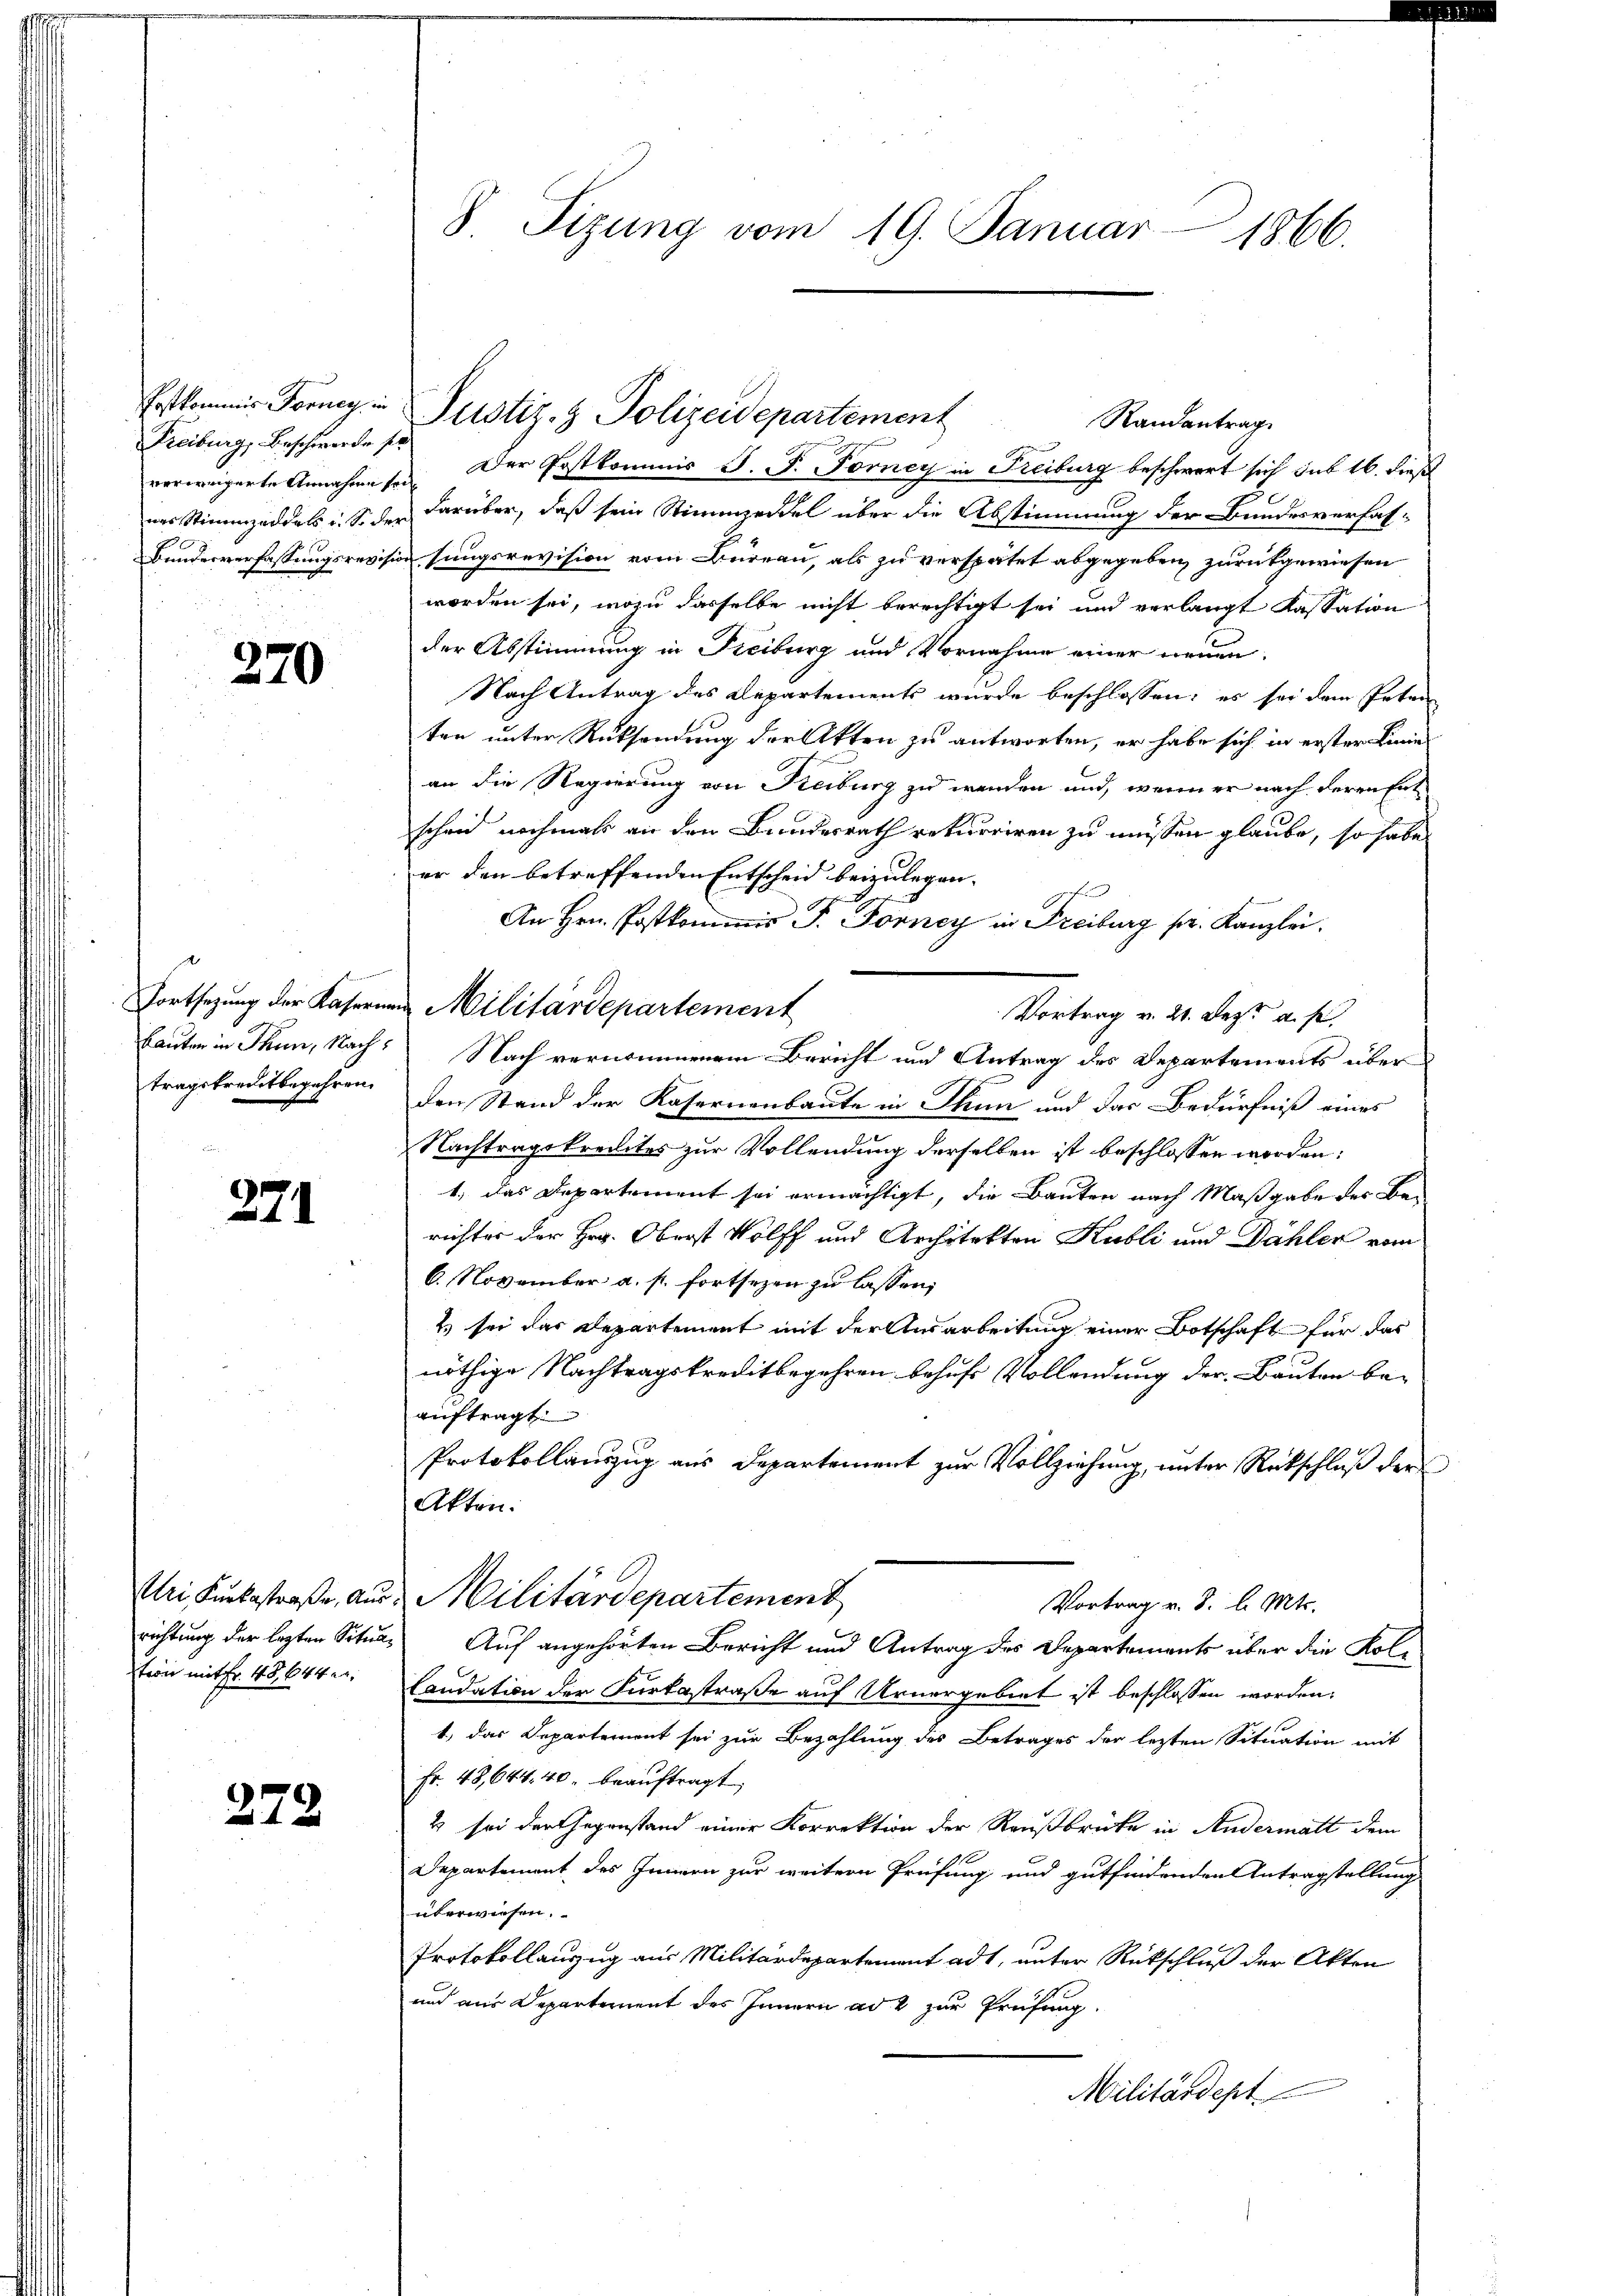
Postkommis Forney, in
Freiburg, Beschwerde s.
verweigerte Annahme so
nes Stimmzeddels u. So der
Bundesverfassungsrevisi

270

bauten in Thun, Nachtragskreditbegehren.

274

Uri, Kurkastraße, Aus
richtung der legten Situastion mit Fr. 48, 644 e

279

8 Tizung vom 19. Januar 1866.

. Der Postkommis J. F. Forney in Freiburg beschwert sich sub 16. dieß
c
darüber, daß sein Stimmzeddel über die Abstimmung der Bundesverfas-
in sungsrevision vom Bureau, als zu verspätet abgegeben zurückgewiesen
worden sei, wozu dasselbe nicht berechtigt sei und verlangt Kassation
der Abstimmung in Freiburg und Vornahme einer neuen
Nach Antrag des Departements wurde beschlossen: es sei dem Peten
ten unter Rücksendung der Akten zu antworten, er habe sich in erster Linie
an die Regierung von Freiburg zu werden und, wenn er nach deren Entscheid nochmals an den Bundesrath rekurriren zu müssen glaube, so habe
er den betreffenden Entscheid beizulegen.
An Hrn. Postkommis P. Forney in Freiburg pr. Kanzlei.
Vortrag v. 21. Dez. a. s.
Nach vernommenem Bericht und Antrag des Departements überden Stand der Kasernenbaute in Thun und das Bedürfniß eines
Nachtragskredites zur Vollendung derselben ist beschlossen worden:
1., das Departement sei ermächtigt, die Bauten nach Maßgabe der Bei
richter der Hr. Oberst Wolff und Architekten Kubli und Dähler vom
6. November a. f. fortsetzen zu lassen,
2 sei das Departement mit der Ausarbeitung einer Botschaft für das
nöthige Nachtragskreditbegehren behufs Vollendung der Bauten be-
auftragt.
Protokollauszug aus Departement zur Vollziehung, unter Rückschluß der
Akten.
Militärdepartement
Vortrag v. J. l. Mts.
Auf angehörten Bericht und Antrag des Departements über die Kol¬
Caudation der Furtastraße auf Urnergebiet ist beschlossen worden:
1.) Das Departement sei zur Bezahlung des Betrages der lezten Situation mit
Fr. 48, 644. 40. beauftragt,
2 sei der Gegenstand einer Korrektion der Reußbrücke in Andermatt dem
Departement des Innern zur weitern Prüfung und gutfindenden Antragstellung
überwiesen.
Protokollanzug aus Militärdepartement ad 1, unter Rückschluß der Akten
und aus Departement des Innern ad 2 zur Prüfung.
Militärdept

Justiz- & Polizeidepartement

Fortsetzung der Kasernen Militärdepartement

Randantrag